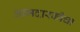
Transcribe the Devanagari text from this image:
आमदारकीचा